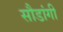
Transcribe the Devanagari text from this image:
सौडांगी